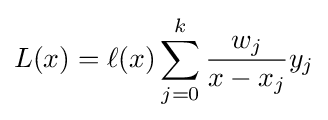
L(x)=\ell (x)\sum _{j=0}^{k}{\frac {w_{j}}{x-x_{j}}}y_{j}